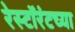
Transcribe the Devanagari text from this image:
रेस्टॉरंटच्या